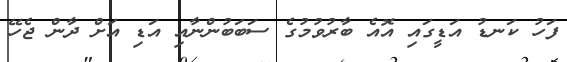
ފަހު ކަނޑު އަޑީގައި އޮއެ ބާރުވުމުގެ ސަބަބުންނާއި އަޑި އަށް ދާން ޖެހޭ